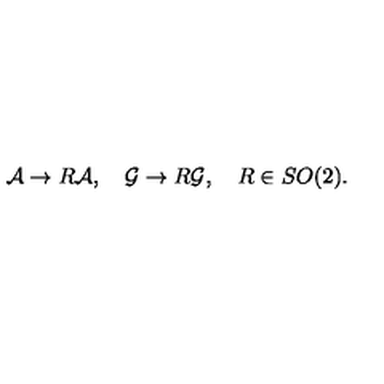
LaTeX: { \cal A } \rightarrow R { \cal A } , \quad { \cal G } \rightarrow R { \cal G } , \quad R \in S O ( 2 ) .